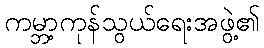
ကမ္ဘာ့ကုန်သွယ်ရေးအဖွဲ့၏